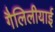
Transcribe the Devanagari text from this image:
गैलिलीयाई